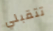
تتقبلي